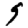
Digit: 9